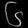
Digit: ၆